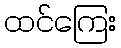
ထင်ကြေး